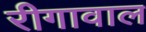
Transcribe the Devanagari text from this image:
रीगावाल